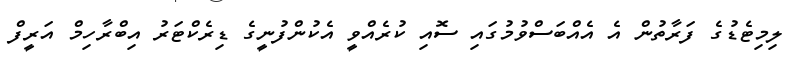
ލިމިޓެޑުގެ ފަރާތުން އެ އެއްބަސްވުމުގައި ސޮއި ކުރެއްވީ އެކުންފުނީގެ ޑިރެކްޓަރު އިބްރާހިމް އަރީފް